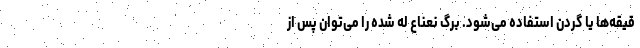
قیقه‌ها یا گردن استفاده می‌شود. برگ نعناع له شده را می‌توان پس از